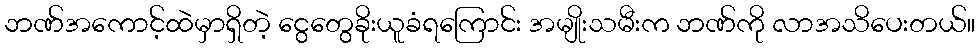
ဘဏ်အကောင့်ထဲမှာရှိတဲ့ ငွေတွေခိုးယူခံရကြောင်း အမျိုးသမီးက ဘဏ်ကို လာအသိပေးတယ်။